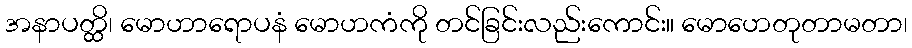
အနာပတ္ထိ၊ မောဟာရောပနံ မောဟကံကို တင်ခြင်းလည်းကောင်း။ မောဟေတုတာမတာ၊